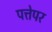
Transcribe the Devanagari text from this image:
पत्तेपर